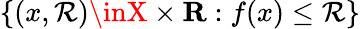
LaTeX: \left\{ (x,\mathcal{R})\inX\times\mathbf{{R}}:f(x)\leq\mathcal{R}\right\}